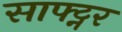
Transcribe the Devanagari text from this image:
साफ्ट्नर